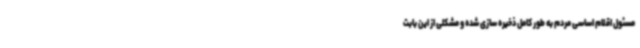
مسئول اقلام اساسی مردم به طور کامل ذخیره سازی شده و مشکلی از این بابت